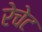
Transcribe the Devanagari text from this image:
रेचेट